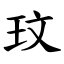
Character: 玟